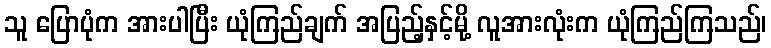
သူ ပြောပုံက အားပါပြီး ယုံကြည်ချက် အပြည့်နှင့်မို့ လူအားလုံးက ယုံကြည်ကြသည်၊